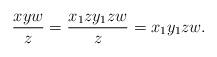
LaTeX: \begin{align*}\frac{xyw}{z}=\frac{x_1zy_1zw}{z}=x_1y_1zw.\end{align*}